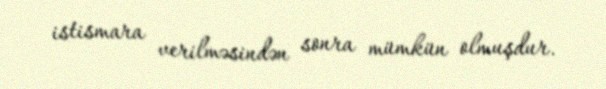
istismara verilməsindən sonra mümkün olmuşdur.